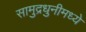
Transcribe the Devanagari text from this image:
सामुद्रधुनीमध्ये